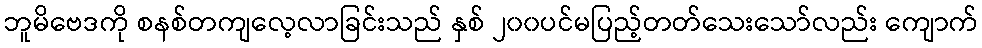
ဘူမိဗေဒကို စနစ်တကျလေ့လာခြင်းသည် နှစ် ၂၀၀ပင်မပြည့်တတ်သေးသော်လည်း ကျောက်